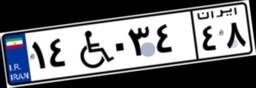
۵۹W۳۷۹۶۳